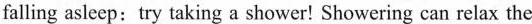
falling asleep:try taking a shower! Showering can relax the